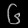
Digit: ၆